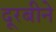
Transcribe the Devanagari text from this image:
दूरबीने